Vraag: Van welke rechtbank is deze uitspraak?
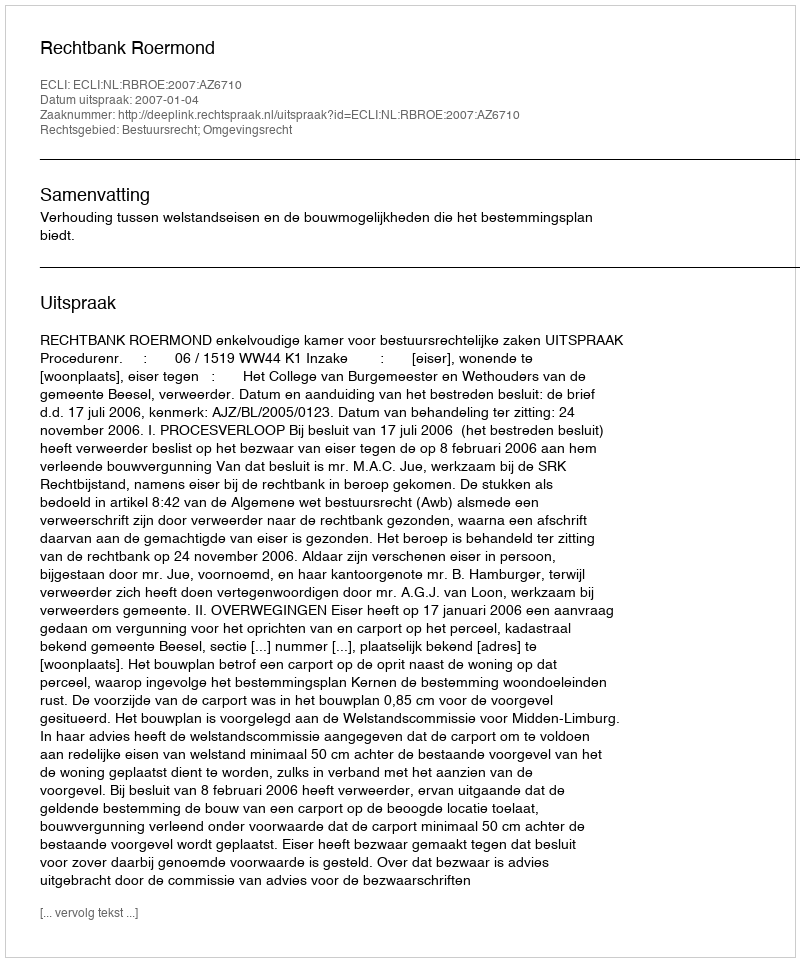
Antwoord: Rechtbank Roermond